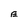
Character: E